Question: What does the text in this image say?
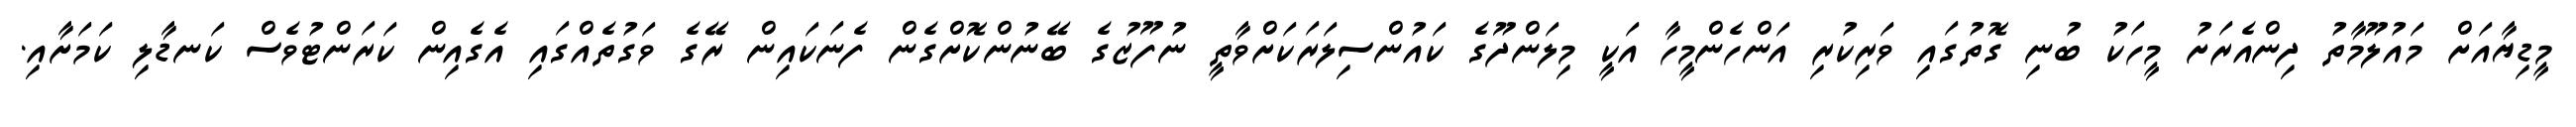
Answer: މީޑިޔާއަށް މައުލޫމާތު ދިންއެރަށު މީހަކު ބުނި ގޮތުގައި ވަރިކުރި އަންހެންމީހާ އަކީ މިލަންދޫގެ ކައުންސިލަރަކަށްވާތީ ނުފޫޒުގެ ބޭނުންކޮށްގެން ފެނަކައިން ރޭގެ ވަގުތެއްގައި އެގެއިން ކަރަންޓުވެސް ކަނޑާލި ކަމަށާއި.